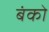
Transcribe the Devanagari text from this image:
बंको